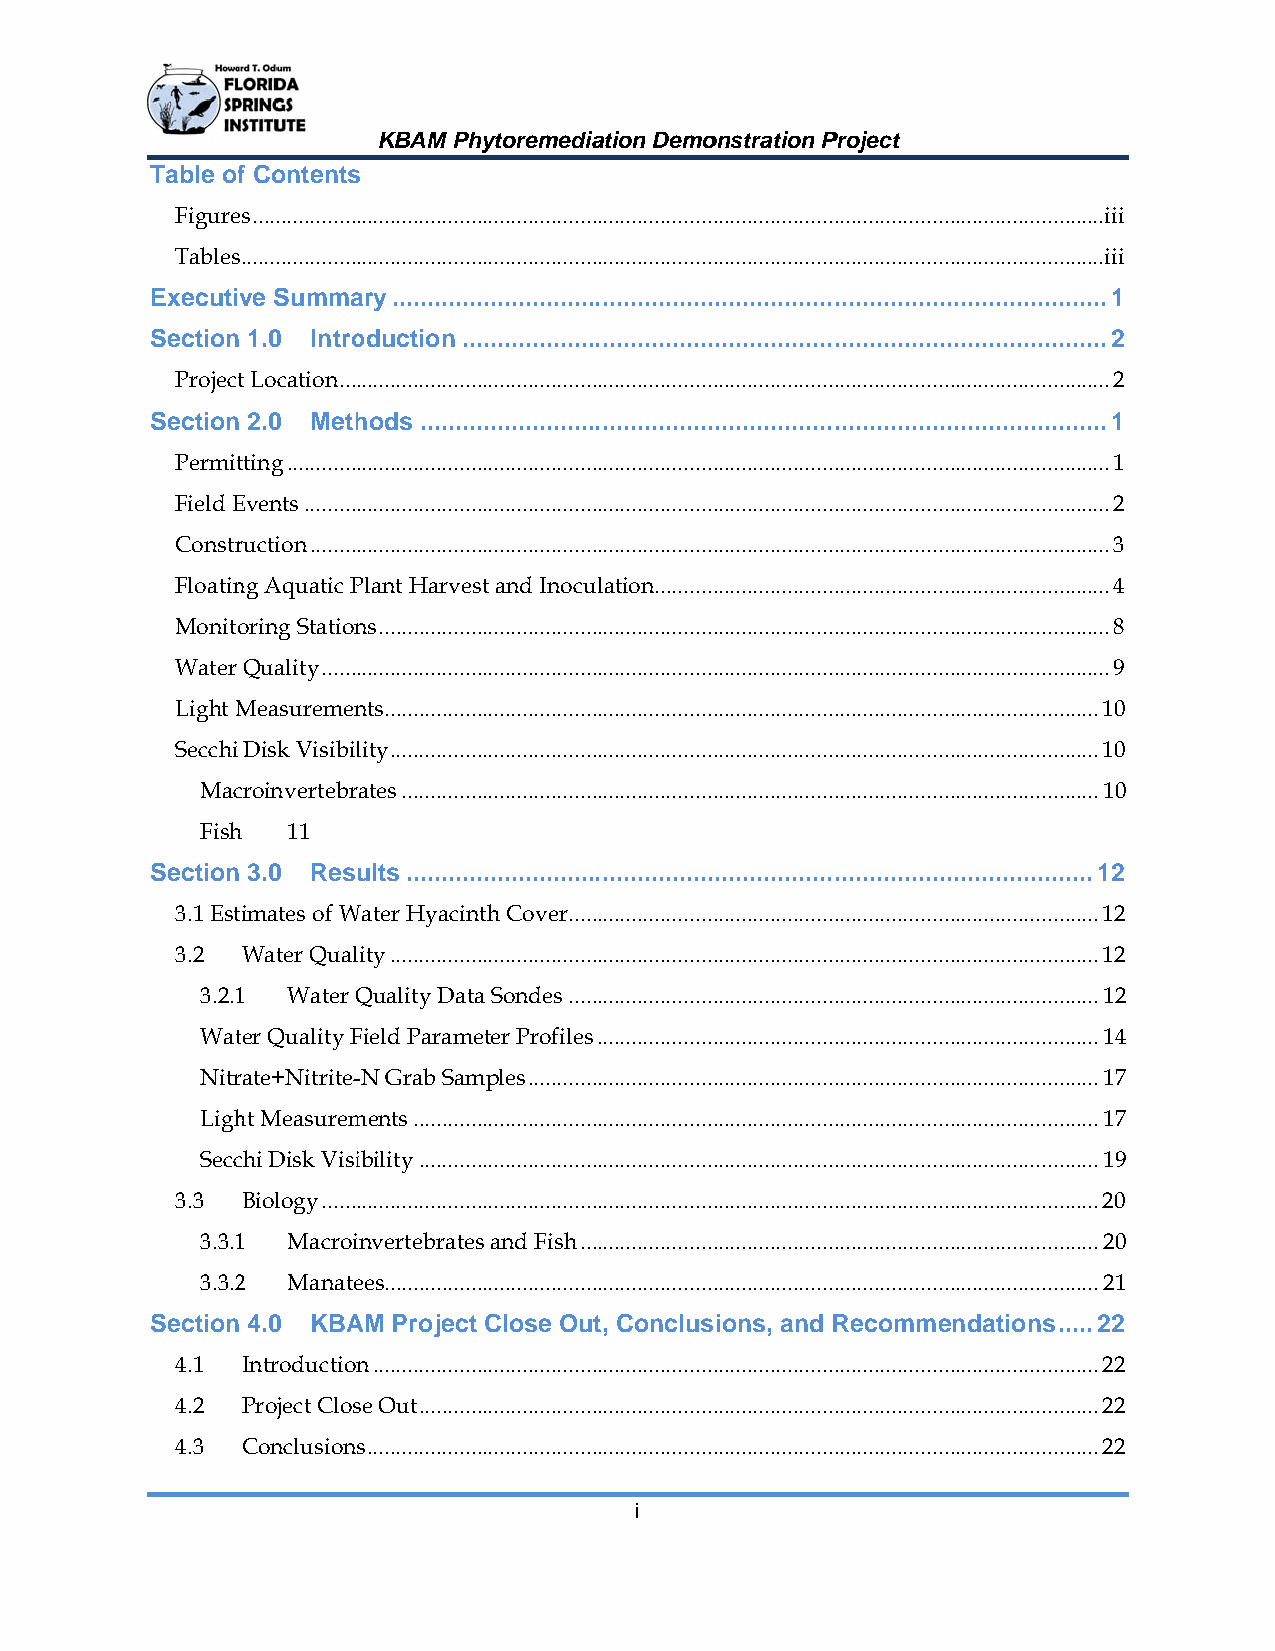
KBAM Phhytoremediaation Demoonstration PProject
 Table off Contentss
 Figurees ........................................................................................................................................................iii
 Tabless ..........................................................................................................................................................iii
 Executive Summaary ...................................................................................................... 1
 Sectionn 1.0 Introoduction ............................................................................................ 2
 Projectt Location .......................................................................................................................................... 2
 Sectionn 2.0 Methhods .................................................................................................. 1
 Permittting ................................................................................................................................................... 1
 Field EEvents ................................................................................................................................................ 2
 Constrruction ............................................................................................................................................... 3
 Floatinng Aquatic PPlant Harvesst and Inocuulation.................................................................................. 4
 Monitooring Stationns ................................................................................................................................... 8
 Water Quality ............................................................................................................................................. 9
 Light MMeasuremennts ................................................................................................................................ 10
 Secchi Disk Visibillity ............................................................................................................................... 10
 Maccroinvertebrates ............................................................................................................................. 10
 Fishh 11
 Sectionn 3.0 Results .................................................................................................. 12
 3.1 Esttimates of WWater Hyacinnth Cover ................................................................................................ 12
 3.2 Water Quallity ............................................................................................................................... 12
 3.2.11 Water QQuality Dataa Sondes ................................................................................................ 12
 Watter Quality FField Parameeter Profiles .......................................................................................... 14
 Nitrrate+Nitrite--N Grab Sammples ....................................................................................................... 17
 Lighht Measuremments ........................................................................................................................... 17
 Seccchi Disk Visiibility .......................................................................................................................... 19
 3.3 Biology ........................................................................................................................................... 20
 3.3.11 Macroiinvertebratess and Fish .............................................................................................. 20
 3.3.22 Manateees ................................................................................................................................ 21
 Sectionn 4.0 KBAAM Project Close Outt, Conclusions, and RRecommendations ..... 22
 4.1 Introductionn .................................................................................................................................. 22
 4.2 Project Closse Out .......................................................................................................................... 22
 4.3 Conclusionss ................................................................................................................................... 22
 i